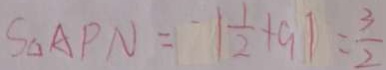
S \Delta A P N = - \vert \frac { 1 } { 2 } + 9 \vert = \frac { 3 } { 2 }